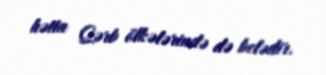
hətta Qərb ölkələrində də belədir.